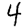
Digit: 4